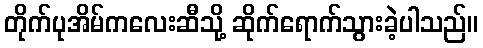
တိုက်ပုအိမ်ကလေးဆီသို့ ဆိုက်ရောက်သွားခဲ့ပါသည်။